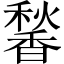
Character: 𬳠